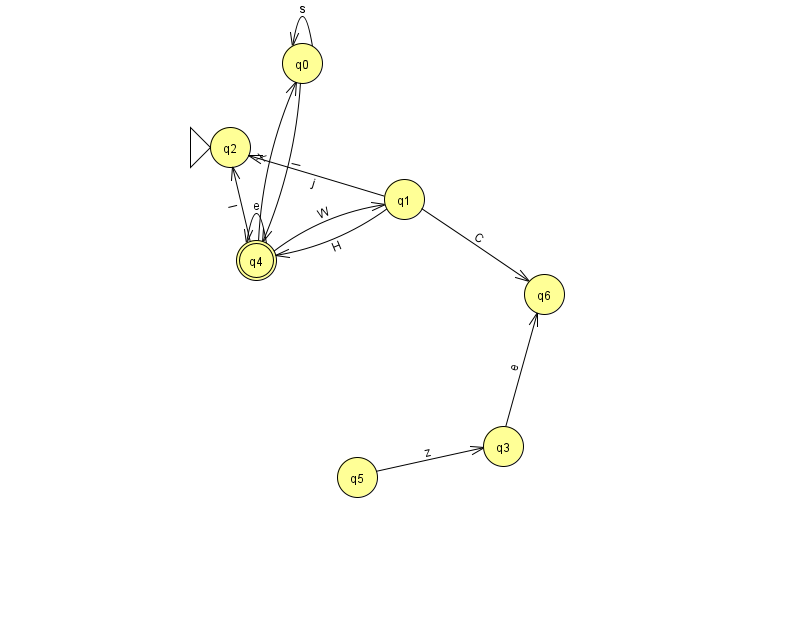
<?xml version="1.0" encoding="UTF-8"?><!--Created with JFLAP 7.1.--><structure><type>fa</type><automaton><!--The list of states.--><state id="0" name="q0"><x>302.0</x><y>50.0</y></state><state id="1" name="q1"><x>404.0</x><y>186.0</y></state><state id="2" name="q2"><x>230.0</x><y>134.0</y><initial/></state><state id="3" name="q3"><x>503.0</x><y>433.0</y></state><state id="4" name="q4"><x>256.0</x><y>247.0</y><final/></state><state id="5" name="q5"><x>357.0</x><y>464.0</y></state><state id="6" name="q6"><x>544.0</x><y>281.0</y></state><!--The list of transitions.--><transition><from>0</from><to>4</to><read>l</read></transition><transition><from>0</from><to>0</to><read>s</read></transition><transition><from>4</from><to>2</to><read>l</read></transition><transition><from>1</from><to>4</to><read>H</read></transition><transition><from>4</from><to>0</to><read>X</read></transition><transition><from>5</from><to>3</to><read>z</read></transition><transition><from>4</from><to>4</to><read>e</read></transition><transition><from>3</from><to>6</to><read>e</read></transition><transition><from>1</from><to>2</to><read>j</read></transition><transition><from>1</from><to>6</to><read>C</read></transition><transition><from>4</from><to>1</to><read>W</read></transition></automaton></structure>